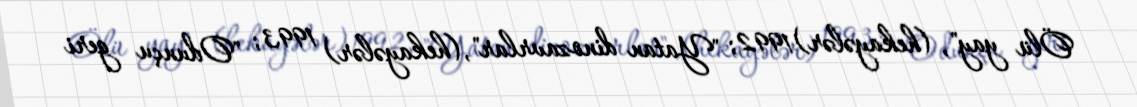
Ölü yay", (hekayələr)1992; "Yatan dinozavrlar",(hekayələr) 1993; "Odunçu geri